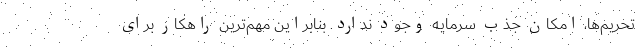
تحریم‌ها، امکان جذب سرمایه وجود ندارد. بنابراین مهم‌ترین راهکار برای